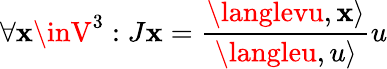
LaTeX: \forall\mathbf{x}\inV^{3}:J\mathbf{x}=\frac{{\langlevu,\mathbf{x}\rangle}}{{\langleu,u\rangle}}u